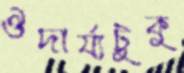
ঔদার্য্যটুকু